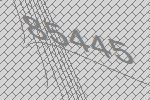
85445